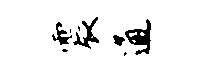
震通